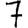
Digit: 7